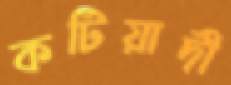
কটিয়াদী